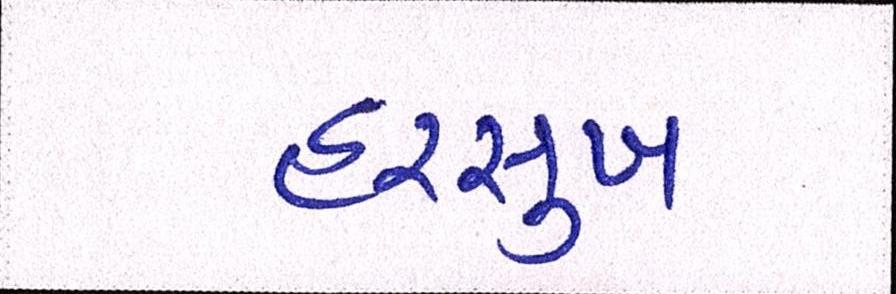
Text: હરસુખ